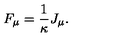
F _ { \mu } = { \frac { 1 } { \kappa } } J _ { \mu } .